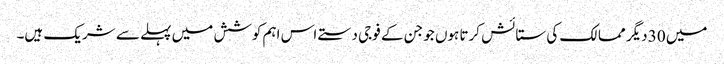
میں 30 دیگر ممالک کی ستائش کرتا ہوں جو جن کے فوجی دستے اس اہم کوشش میں پہلے سے شریک ہیں۔